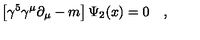
\left[ \gamma ^ { 5 } \gamma ^ { \mu } \partial _ { \mu } - m \right] \Psi _ { 2 } ( x ) = 0 \quad ,